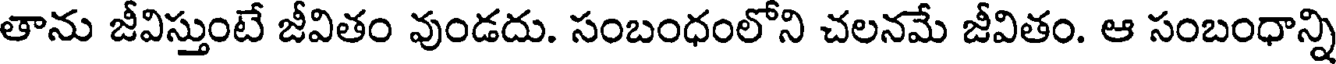
తాను జీవిస్తుంటే జీవితం వుండదు. సంబంధంలోని చలనమే జీవితం. ఆ సంబంధాన్ని